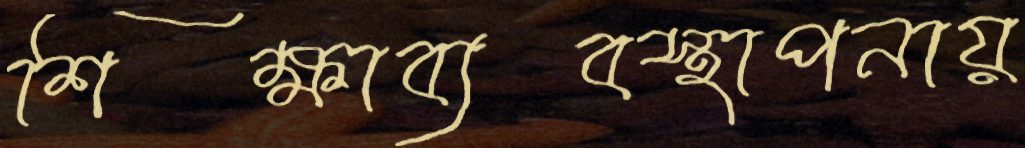
শিক্ষাব্যবস্থাপনায়